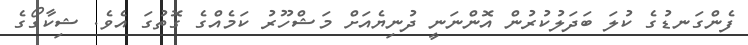
ފެންގަނޑުގެ ކުލަ ބަދަލުކުރުން އޮންނަނީ ދުނިޔެއަށް މަޝްހޫރު ކަމެއްގެ ގޮތުގަ އެވެ. ޝިކާގޯގެ